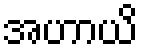
အဟာယိ